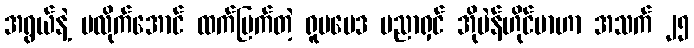
အရွယ်နဲ့ မလိုက်အောင် ထက်မြက်တဲ့ ရူပဗေဒ ပညာရှင် အိုပဲန်ဟိုင်မာဟာ အသက် ၂၅